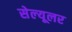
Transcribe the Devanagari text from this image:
सेल्‍यूलर